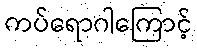
ကပ်ရောဂါကြောင့်